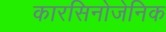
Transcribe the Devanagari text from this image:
कारसिनोजेनिक